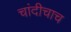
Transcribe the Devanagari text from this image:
चांदीचाच